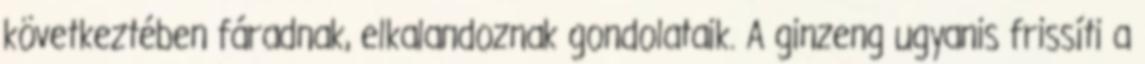
következtében fáradnak, elkalandoznak gondolataik. A ginzeng ugyanis frissíti a